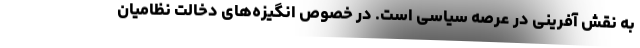
به نقش آفرینی در عرصه سیاسی است. در خصوص انگیزه‌های دخالت نظامیان